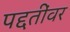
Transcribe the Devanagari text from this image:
पद्दतींवर